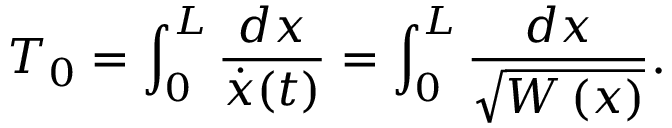
T _ { 0 } = \int _ { 0 } ^ { L } { \frac { d x } { \dot { x } ( t ) } } = \int _ { 0 } ^ { L } { \frac { d x } { \sqrt { W \left( x \right) } } } .